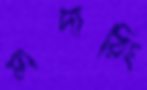
মাদারিং